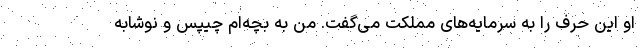
او این حرف را به سرمایه‌های مملکت می‌گفت. من به بچه‌ام چیپس و نوشابه